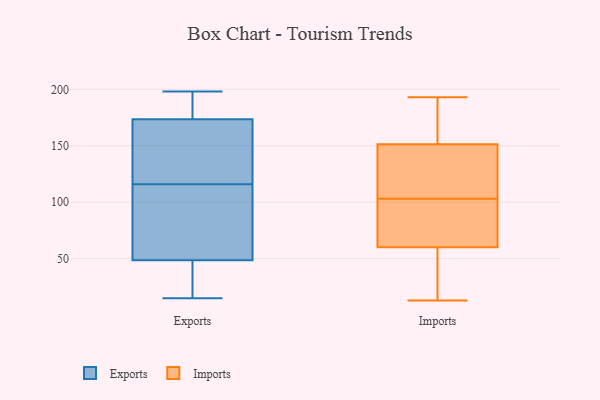
{"axis": {"x": "Budget (USD K)", "y": "Value"}, "legend": ["Exports", "Imports"], "data": [{"x": "", "y": 139, "type": "Exports"}, {"x": "", "y": 74, "type": "Exports"}, {"x": "", "y": 190, "type": "Exports"}, {"x": "", "y": 157, "type": "Exports"}, {"x": "", "y": 15, "type": "Exports"}, {"x": "", "y": 197, "type": "Exports"}, {"x": "", "y": 145, "type": "Exports"}, {"x": "", "y": 93, "type": "Exports"}, {"x": "", "y": 198, "type": "Exports"}, {"x": "", "y": 23, "type": "Exports"}, {"x": "", "y": 88, "type": "Exports"}, {"x": "", "y": 15, "type": "Exports"}, {"x": "", "y": 96, "type": "Imports"}, {"x": "", "y": 13, "type": "Imports"}, {"x": "", "y": 154, "type": "Imports"}, {"x": "", "y": 19, "type": "Imports"}, {"x": "", "y": 103, "type": "Imports"}, {"x": "", "y": 100, "type": "Imports"}, {"x": "", "y": 48, "type": "Imports"}, {"x": "", "y": 185, "type": "Imports"}, {"x": "", "y": 193, "type": "Imports"}, {"x": "", "y": 129, "type": "Imports"}, {"x": "", "y": 143, "type": "Imports"}]}